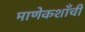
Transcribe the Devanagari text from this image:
माणेकशाँची